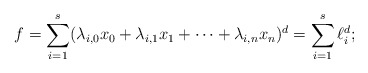
\begin{align*} f = \sum_{i=1}^s (\lambda_{i,0} x_0 + \lambda_{i,1} x_1 + \cdots + \lambda_{i,n} x_n)^d = \sum_{i=1}^s \ell_i^d;\end{align*}